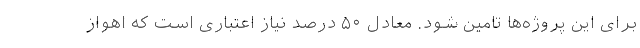
برای این پروژه‌ها تامین شود. معادل ۵۰ درصد نیاز اعتباری است که اهواز